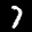
Label: 7